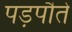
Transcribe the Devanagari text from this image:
पड़पौते